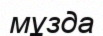
мұзда